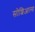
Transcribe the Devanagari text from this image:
सोशिआल्स